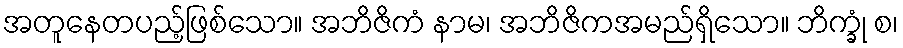
အတူနေတပည့်ဖြစ်သော။ အဘိဇိကံ နာမ၊ အဘိဇိကအမည်ရှိသော။ ဘိက္ခုံ စ၊